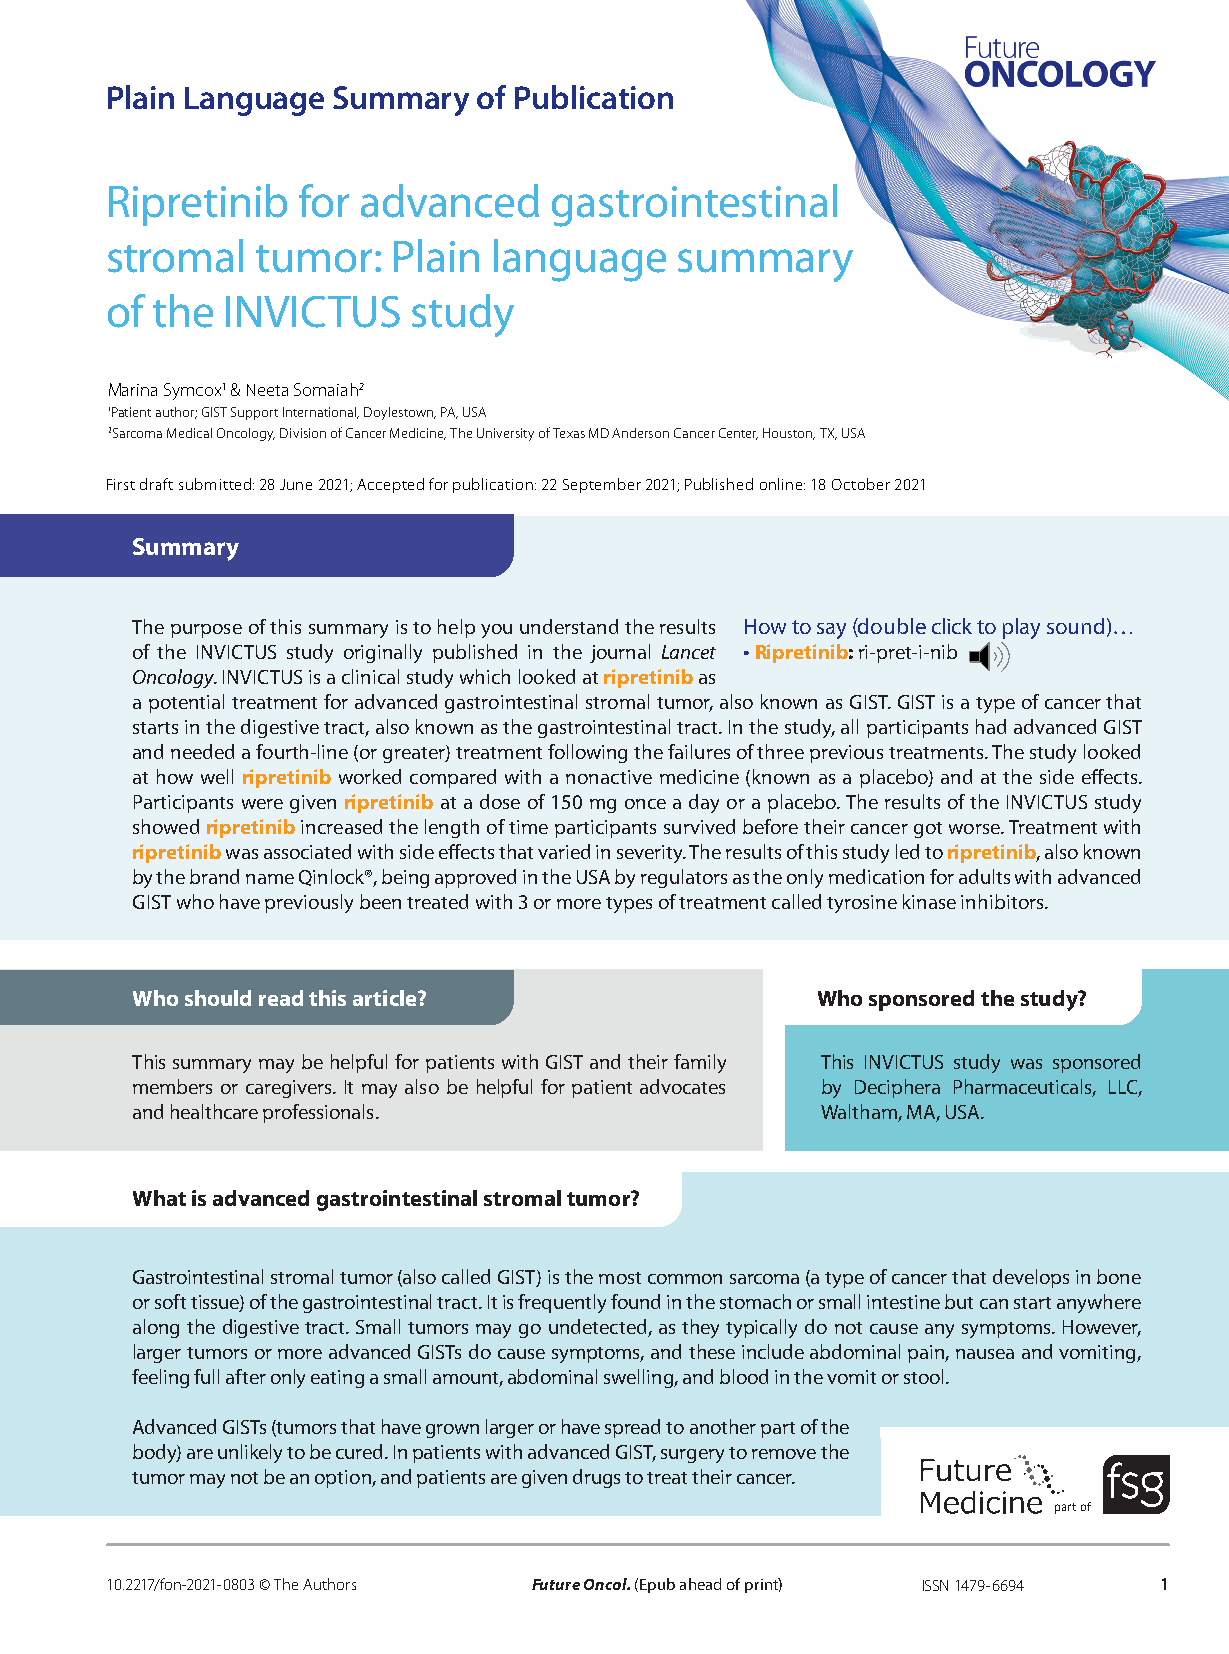
Plain Language Summary   of Publication
 Ripretinib   for advanced    gastrointestinal
 stromal   tumor:   Plain  language    summary
 of the  INVICTUS    study
 Marina Symcox1 & Neeta Somaiah2
 1Patient author; GIST Support International, Doylestown, PA, USA
 2Sarcoma Medical Oncology, Division of Cancer Medicine, The University of Texas MD Anderson Cancer Center, Houston, TX, USA
 First draft submitted: 28 June 2021; Accepted for publication: 22 September 2021; Published online: 18 October 2021
 Summary
 The purpose of this summary is to help you understand the results How to say (double click to play sound)…
 of the INVICTUS study originally published in the journal Lancet • Ripretinib: ri-pret-i-nib
 Oncology. INVICTUS is a clinical study which looked at ripretinib as
 a potential treatment for advanced gastrointestinal stromal tumor, also known as GIST. GIST is a type of cancer that
 starts in the digestive tract, also known as the gastrointestinal tract. In the study, all participants had advanced GIST
 and needed a fourth-line (or greater) treatment following the failures of three previous treatments. The study looked
 at how well ripretinib worked compared with a nonactive medicine (known as a placebo) and at the side effects.
 Participants were given ripretinib at a dose of 150 mg once a day or a placebo. The results of the INVICTUS study
 showed ripretinib increased the length of time participants survived before their cancer got worse. Treatment with
 ripretinib was associated with side effects that varied in severity. The results of this study led to ripretinib, also known
 by the brand name Qinlock®, being approved in the USA by regulators as the only medication for adults with advanced
 GIST who have previously been treated with 3 or more types of treatment called tyrosine kinase inhibitors.
 Who should read this article?                Who sponsored the study?
 This summary may be helpful for patients with GIST and their family This INVICTUS study was sponsored
 members or caregivers. It may also be helpful for patient advocates by Deciphera Pharmaceuticals, LLC,
 and healthcare professionals.                Waltham, MA, USA.
 What is advanced gastrointestinal stromal tumor?
 Gastrointestinal stromal tumor (also called GIST) is the most common sarcoma (a type of cancer that develops in bone
 or soft tissue) of the gastrointestinal tract. It is frequently found in the stomach or small intestine but can start anywhere
 along the digestive tract. Small tumors may go undetected, as they typically do not cause any symptoms. However,
 larger tumors or more advanced GISTs do cause symptoms, and these include abdominal pain, nausea and vomiting,
 feeling full after only eating a small amount, abdominal swelling, and blood in the vomit or stool.
 Advanced GISTs (tumors that have grown larger or have spread to another part of the
 body) are unlikely to be cured. In patients with advanced GIST, surgery to remove the
 tumor may not be an option, and patients are given drugs to treat their cancer.
 part of
 10.2217/fon-2021-0803 © The Authors Future Oncol. (Epub ahead of print) ISSN 1479-6694 1